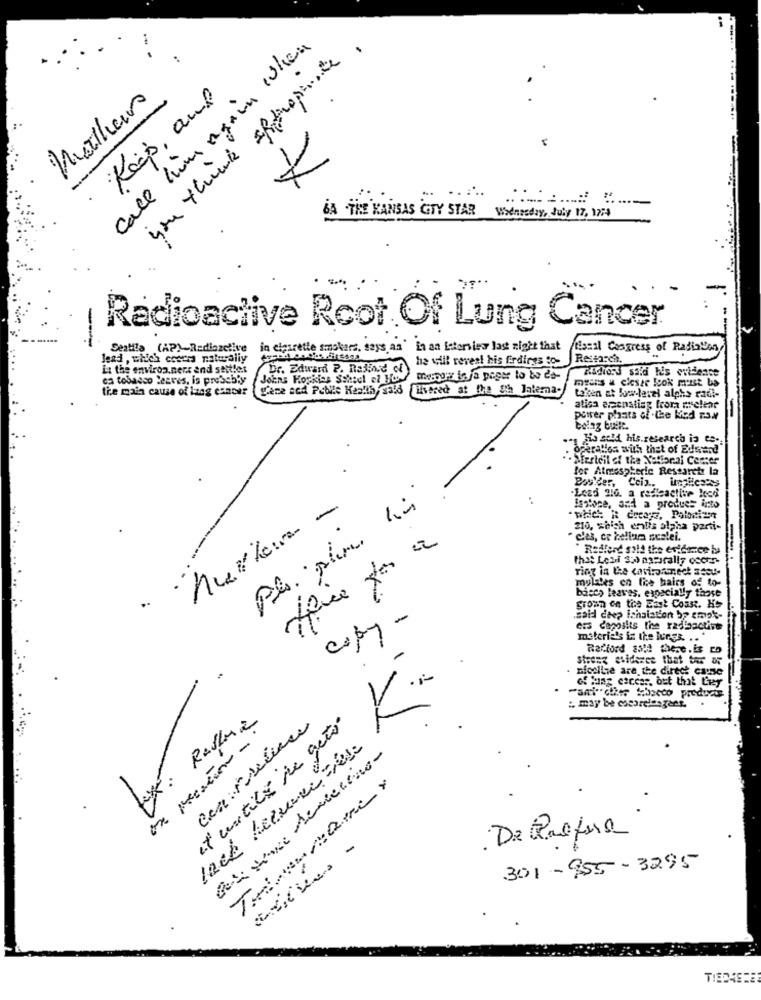
call him again when
you think appropriate.
Matheus
Keep, auf
BA .THE KANSAS CITY STAR
Whenesday, July 17, 1274
--
Radioactive Root Of Lung Cancer
Seatla (AP)-Rediazelive
in cigarette smshart, says an' in an interview last night that facil Congress of Radiation
lead , which cceers naturaliy
he will reveal his firdirss to-
Li the environ.ners end sett!et
Dr. Edward P. Rakind of
Radions saldi his evidence
ca tobacco leaves, is probably
Johns Hopkins Scheel el Hor
myers & ciesze look must be
the main cause of lang esnear
gene acd Public Health, sall Hvered at the gh Jaterna-
taken at fowlerel alpha radt-
atisa apenating froma melear
peter plats of .the Med 734
.. y Fis sold his.research is co.
opera!los with that of Edward
- Serieil of the National Center
for Atmospheric Research la
-Lead 210. a redieactive loco
Isstoce, and a predues into
210, which entis alpha parti-
. c'es, cr bellan scalei.
" Radferd sild the evidence bu
mulites en tice hairs of to-
bacco leaves, especially those
..
grown on the East Coast. Hs
copy-
ers deposits the radioactive
materie's in the lungs. ..
-
Radford sold there.is co
strong stiderce that ter or
Flotile are the dirtet cause
K
et untilés de geto
Gele vene demielina-
De Pasture
-
301-955-3295
TIEDAS28